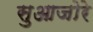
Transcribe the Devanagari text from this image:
सुआजोरे